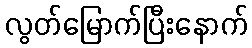
လွတ်မြောက်ပြီးနောက်